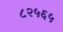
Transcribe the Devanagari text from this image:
८२५६५